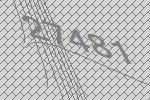
27481